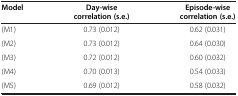
<table><thead><tr><td><b>Model</b></td><td><b>Day-wise correlation (s.e.)</b></td><td><b>Episode-wise correlation (s.e.)</b></td></tr></thead><tbody><tr><td>(M1)</td><td>0.73 (0.012)</td><td>0.62 (0.031)</td></tr><tr><td>(M2)</td><td>0.73 (0.012)</td><td>0.64 (0.030)</td></tr><tr><td>(M3)</td><td>0.72 (0.012)</td><td>0.60 (0.032)</td></tr><tr><td>(M4)</td><td>0.70 (0.013)</td><td>0.54 (0.033)</td></tr><tr><td>(M5)</td><td>0.69 (0.012)</td><td>0.58 (0.032)</td></tr></tbody></table>